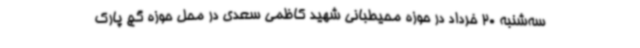
سه‌شنبه 20 خرداد در حوزه محیطبانی شهید کاظمی سعدی در محل حوزه گچ پارک